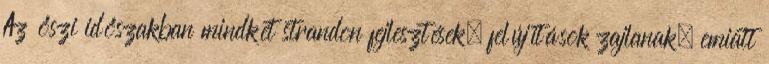
Az őszi időszakban mindkét strandon fejlesztések, felújítások zajlanak, emiatt